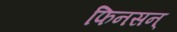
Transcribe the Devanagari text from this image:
फिनसन्‌